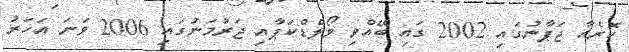
ކޮރެއާ ޖަޕާނުގައި 2002 ގައި ބޭއްވި ވޯލްޑްކަޕާއި ޖަރުމަނުގައި 2006 ވަނަ އަހަރު